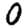
Digit: 0